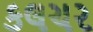
કલચર